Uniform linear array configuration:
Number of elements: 48
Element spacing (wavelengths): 0.5
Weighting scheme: hann
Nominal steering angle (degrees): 30
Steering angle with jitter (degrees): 31.259
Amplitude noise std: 0.05
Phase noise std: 0.05

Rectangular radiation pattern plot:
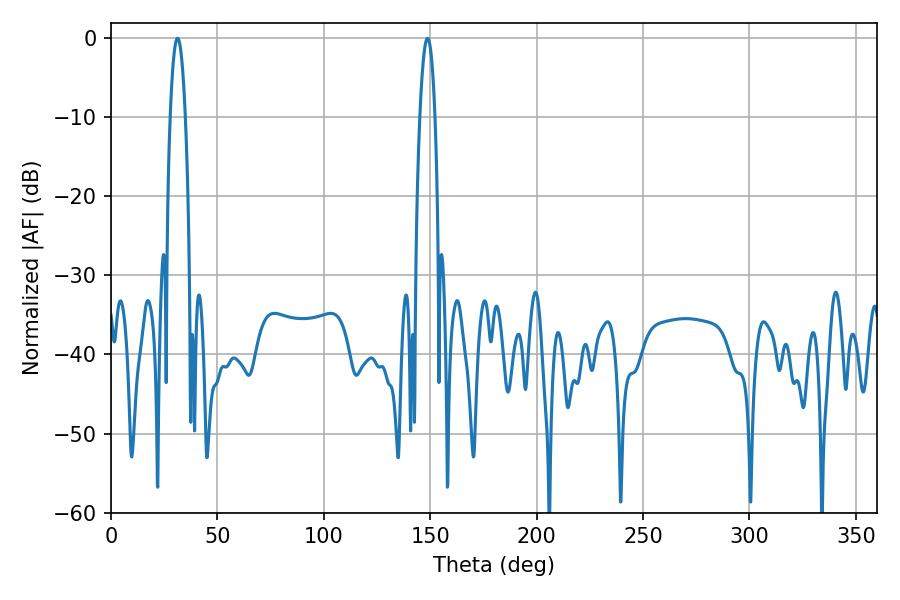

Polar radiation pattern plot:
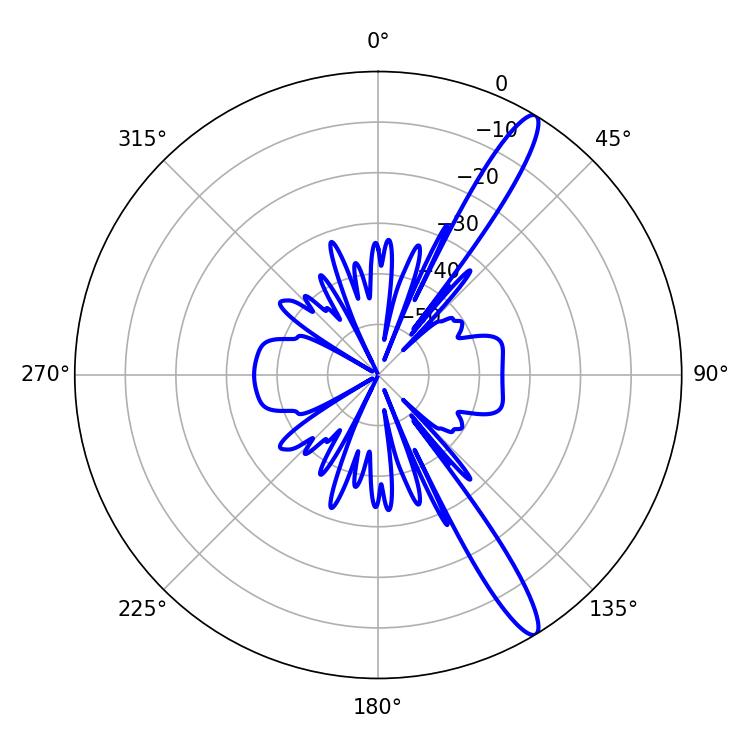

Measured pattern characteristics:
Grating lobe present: FALSE
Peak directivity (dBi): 14.123
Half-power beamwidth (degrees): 3.96
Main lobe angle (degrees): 148.68